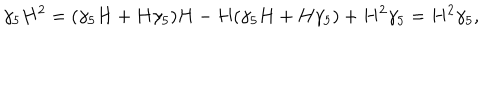
LaTeX: \gamma _ { 5 } H ^ { 2 } = ( \gamma _ { 5 } H + H \gamma _ { 5 } ) H - H ( \gamma _ { 5 } H + H \gamma _ { 5 } ) + H ^ { 2 } \gamma _ { 5 } = H ^ { 2 } \gamma _ { 5 } ,